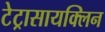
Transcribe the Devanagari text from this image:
टेट्रासायक्लिन